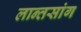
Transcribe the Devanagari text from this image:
लान्तसांग